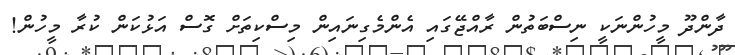
ދާންދޫ މީހުންނަކީ ނިސްބަތުން ރާއްޖޭގައި އެންމެގިނައިން މިސްކިތަށް ގޮސް އަޅުކަން ކުރާ މީހުން!